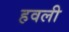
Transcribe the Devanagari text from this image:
हवली